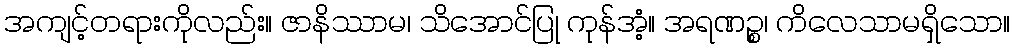
အကျင့်တရားကိုလည်း။ ဇာနိဿာမ၊ သိအောင်ပြု ကုန်အံ့။ အရဏဉ္စ၊ ကိလေသာမရှိသော။